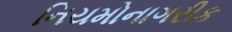
નિયમોનાગરીક